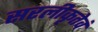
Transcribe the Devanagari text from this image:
सरलीकृतेवं